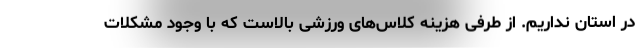
در استان نداریم. از طرفی هزینه کلاس‌های ورزشی بالاست که با وجود مشکلات